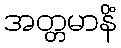
အတ္တမာနိံ